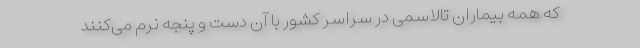
که همه بیماران تالاسمی در سراسر کشور با آن دست و پنجه نرم می‌کنند